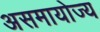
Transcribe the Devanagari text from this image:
असमायोज्य